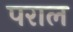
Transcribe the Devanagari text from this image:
पराल